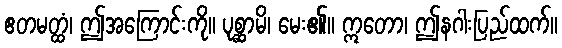
ဧတမတ္ထံ၊ ဤအကြောင်းကို။ ပုစ္ဆာမိ၊ မေး၏။ ဣတော၊ ဤနဂါးပြည်ထက်။